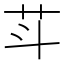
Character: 𰰩